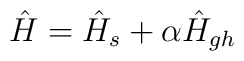
\hat H=\hat H_s+\alpha\hat H_{gh}